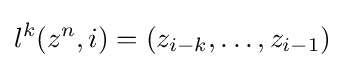
l^{k}(z^{n},i)=\left(z_{i-k},\ldots ,z_{i-1}\right)